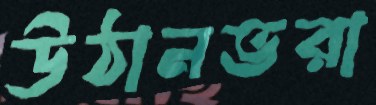
উঠানভরা